Some observations on the morphology and mechanism of the parts in the orthorrapha - Number 58
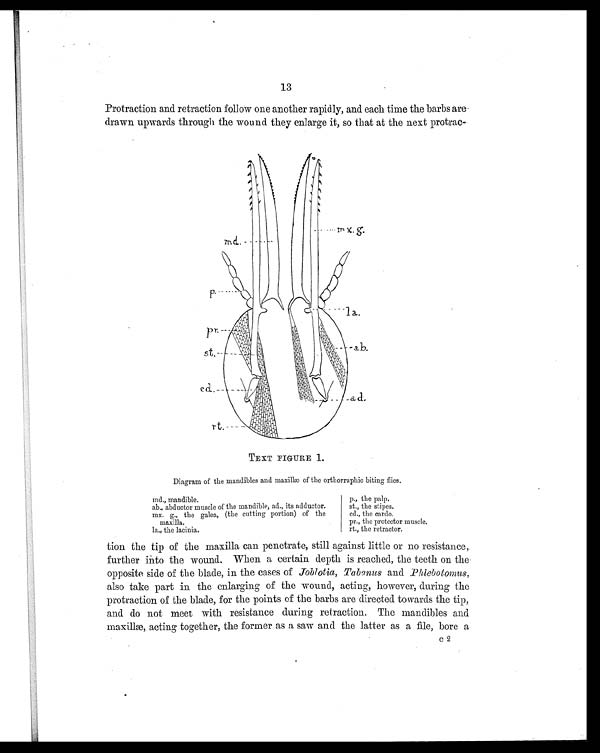
13
Protraction and retraction follow one another rapidly, and each time the barbs are
drawn upwards through the wound they enlarge it, so that at the next protrac-
TEXT FIGURE 1.
Diagram of the mandibles and maxillæ of the orthorraphic biting flies.
md., mandible.
ab., abductor muscle of the mandible, ad., its adductor.
mx. g., the galea, (the cutting portion) of the
maxilla.
la., the lacinia.
p., the palp.
st., the stipes.
cd., the cardo.
pr., the protector muscle.
rt., the retractor.
tion the tip of the maxilla can penetrate, still against little or no resistance,.
further into the wound. When a certain depth is reached, the teeth on the
opposite side of the blade, in the cases of Joblotia, Tabanus and Phlebotomus,
also take part in the enlarging of the wound, acting, however, during the
protraction of the blade, for the points of the barbs are directed towards the tip,
and do not meet with resistance during refraction. The mandibles and
maxillæ, acting together, the former as a saw and the latter as a file, bore a